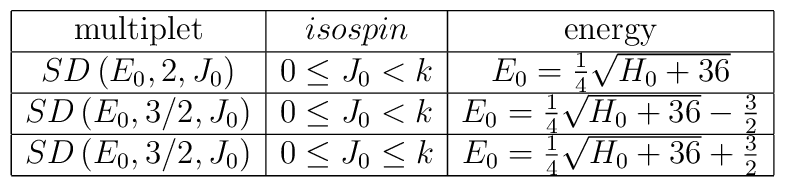
\begin{array}{|c|c|c|} \hline {\rm multiplet} & {isospin} & {\rm energy} \\ \hline SD\left(E_0,2,J_0\right) & 0\le J_0< k & E_0={1\over 4}\sqrt{H_0+36} \\ \hline SD\left(E_0,3/2,J_0\right) & 0\le J_0< k & E_0={1\over 4}\sqrt{H_0+36}-{3\over 2} \\ \hline SD\left(E_0,3/2,J_0\right) &0\le J_0\le k & E_0={1\over 4}\sqrt{H_0+36}+{3\over 2} \\ \hline \end{array}